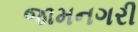
જામનગરી